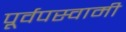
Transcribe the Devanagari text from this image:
पूर्वपस्वामी